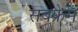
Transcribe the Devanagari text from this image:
सबफ्रेम